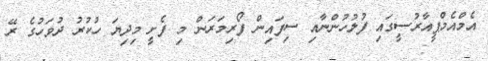
އެމްއެމްޕީއާރުސީގައި ފުލުހުންނާއި ސިފައިން ފޯރިމަރަން މި ފެށީ މިދިޔަ ހުކުރު ދުވަހުގެ ރޭ